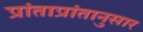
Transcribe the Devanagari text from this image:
प्रांताप्रांतानुसार